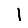
Digit: 1